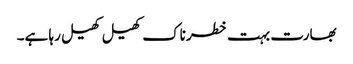
بھارت بہت خطرناک کھیل کھیل رہا ہے۔